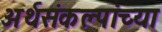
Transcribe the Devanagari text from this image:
अर्थसंकल्पांच्या